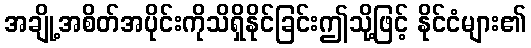
အချို့အစိတ်အပိုင်းကိုသိရှိနိုင်ခြင်းဤသို့ဖြင့် နိုင်ငံများ၏